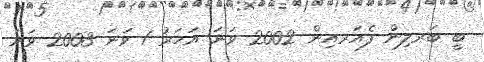
ބީ ބަރލިން ފެއަރއިން 2002 ވަނަ އަހަރު 1 ވަނަ 2003 ވަނަ